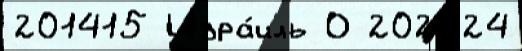
201415 Изра́иль О 202324